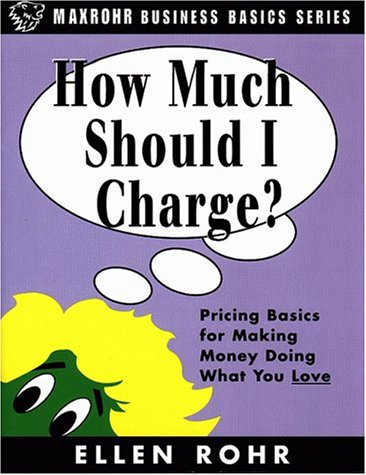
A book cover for How Much Should I Charge?: Pricing Basics for Making Money Doing What You Love; Ellen Rohr; Business & Money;